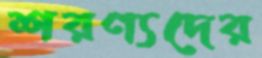
শরণ্যদের